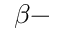
\beta -